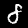
Digit: 8